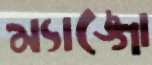
ম্যাঙ্গো